Medical and sanitary report of the native army of Madras for the year
Year: 1878
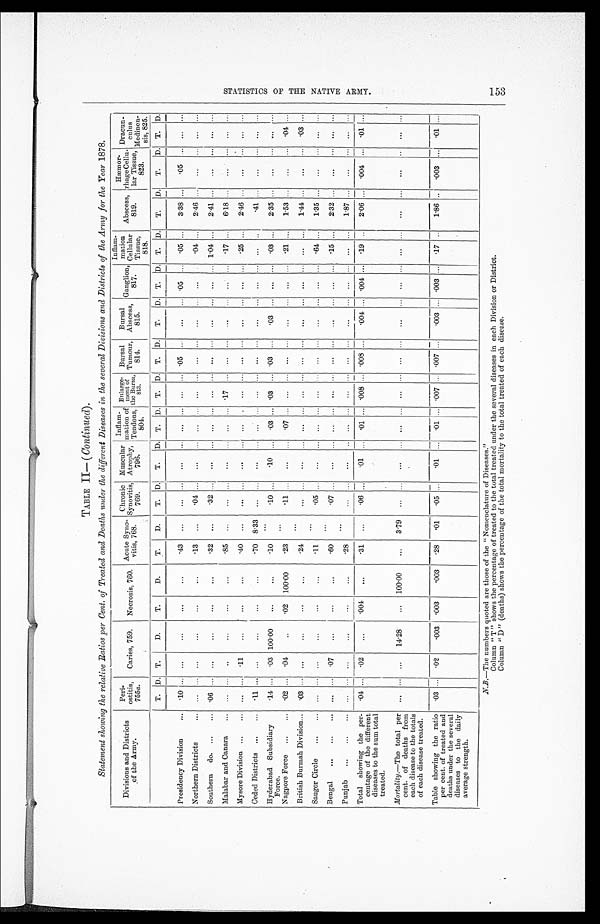
TABLE II— (Continued).
Statement showing the relative Ratios per Cent. of Treated and Deaths under the different Diseases in the several Divisions and Districts of the Army for the Year 1878.
Divisions and Districts
of the Army.
Peri
-ostitis,
755a.
Caries, 759.
Necrosis, 760.
Acute Syno-
vitis, 768.
Chronic
Synovitis, 7 6 9 .
Muscula
Atrophy
, 796.
Inflam-
mation of
Tendons, 804.
Enl a r ge -
ment of the Bursa, 813.
Bursal
Tumour,
8 1 4 .
Bursal
Abscess,
815.
Ganglion,
817.
Inflam-
mation
Cellular
Tissue,
818.
Abscess,
819.
Hæmor-
rhage Cellu-
lar Tissue, 823.
Dracun-
culus
Medinen-sis, 825.
T. D. T.
D.
T.
D.
T.
D.
T. D.
T.
D. T.
D. T. D. T. D.
T.
D. T. D. T. D.
T.
D.
T.
D. T. D.
Presidency Division . . .
.10
. . .
. . .
. . .
. . .
. . .
. 4 3 . . .
. . . . . .
. . .
. . .
. . . . . . . . .
. . .
.05
. . .
. . .
. . . .05
. . .
.05
. . .
3.38
. . . .05
. . .
. . .
. . .
Northern Districts . . .
. . .
. . .
. . .
. . .
. . .
. . .
. 1 3 . . .
.04 . . .
. . .
. . .
. . . . . . . . .
. . .
. . .
. . .
. . .
. . .
. . .
. . .
.04
. . .
2.46
. . .
. . .
. . .
. . .
. . .
Southern do. . . .
. 0 6
. . .
. . .
. . .
. . .
. . .
.32
. . .
.32 . . .
. . .
. . .
. . . . . . . . .
. . .
. . .
. . .
. . .
. . .
. . .
. . . 1.04 . . .
2.41
. . .
. . .
. . . . . .
. . .
Malabar and Canara . . .
. . .
. . .
. . .
. . .
. . .
. . .
. 8 5 . . .
. . . . . .
. . . . . .
. . .
. . . .17
. . .
. . .
. . .
. . .
. . .
. . .
. . . .17
. . .
6.18
. . .
. . .
. . . . . .
. . .
Mysore Division . . .
. . .
. . . .11
. . .
. . .
. . . .40
. . .
. . . . . .
. . . . . .
. . .
. . .
. . .
. . .
. . .
. . .
. . .
. . .
. . .
. . . .25
. . .
2.46
. . .
. . .
. . . . . .
. . .
Ceded Districts . . .
. 1 1
. . .
. . .
. . .
. . .
. . .
. 7 0 8.33
. . . . . .
. . . . . .
. . .
. . . . . .
. . .
. . .
. . .
. . .
. . .
. . .
. . . . . .
. . .
.41
. . .
. . .
. . . . . .
. . .
Hyderabad Subsidiary
Force.
. 1 4 . . .
. 0 3 100.00
. . .
. . . .10
. . .
. 1 0 . . .
. 1 0 . . . .03
. . .
. 03
. . . .03
. . .
. 0 3
. . .
. . .
. . . .03
. . .
2.35
. . .
. . .
. . . . . .
. . .
. 0 2
. . .
. 0 4
. . .
.02
100.00
.23
. . .
.11 . . .
. . . . . .
. 0 7 . . . . . .
. . .
. . .
. . .
. . .
. . .
. . .
. . . .21
. . .
1.53
. . .
. . .
. . . .04
. . .
Nagpore Force . . .
British Burmah Division . . .
. 0 3 . . .
. . .
. . .
. . .
. . . .24
. . .
. . . . . .
. . . . . .
. . .
. . .
. . .
. . .
. . .
. . .
. . .
. . .
. . .
. . .
. . .
. . .
1.44
. . .
. . .
. . .
. 03
. . .
Saugor Circle . . .
. . .
. . .
. . .
. . .
. . .
. . . .11
. . .
. 0 5 . . .
. . . . . .
. . .
. . .
. . .
. . .
. . .
. . .
. . .
. . .
. . .
. . . .64
. . .
1.35
. . .
. . .
. . . . . .
. . .
Bengal . . .
. . .
. . .
. 0 7
. . .
. . .
. . .
. 6 0
. . .
. 0 7 . . .
. . . . . .
. . .
. . .
. . .
. . .
. . .
. . .
. . .
. . .
. . .
. . . .15
. . .
2.32
. . .
. . .
. . . . . .
. . .
Punjab . . .
. . .
. . .
. . .
. . .
. . .
. . . .28
. . .
. . . . . .
. . . . . .
. . .
. . . . . .
. . .
. . .
. . .
. . .
. . .
. . .
. . .
. . .
. . .
1.87
. . .
. . .
. . . . . .
. . .
Total showing the per-
centage of the different
diseases to the sum total
treated.
. 0 4 . . .
. 0 2
. . .
.004
. . . .31
. . .
. 0 6
. . .
. 0 1 . . . .01
. . .
.008 . . . .008
. . . .004
. . . .004
. . .
.19
. . .
2.06
. . .
. 0 0 4
. . .
. 01
. . .
Morta lity.—The total per
cent of deaths from
each disease to the totals
of each disease treated.
. . .
. . .
. . .
14.28
. . .
100.00
. . .
3.79
. . . . . .
. . .
. . .
. . .
. . .
. . .
. . .
. . .
. . .
. . .
. . .
. . .
. . .
. . .
. . .
. . .
. . .
. . .
. . .
. . .
. . .
Table showing the ratio
per cent of treated and
deaths under the several
diseases to the daily
average strength.
. 0 3
. . .
. 0 2 .003 .003
. 0 0 3 .28
01
. 0 5 . . .
. 0 1 . . . .01
. . .
.007
. . .
.007
. . .
. 0 0 3
. . . .003
. . .
.17
. . .
1.86
. . .
. 0 0 3
. . .
. 01
. . .
N.B.—The numbers quoted are those of the "Nomenclature of Diseases."
Column "T" shows the percentage of treated to the total treated under the several diseases in each Division or District.
Column "D" (deaths) shows the percentage of the total mortality to the total treated of each disease.
S T A T I S T I C S O F T H E N A T I V E A R M Y .
153